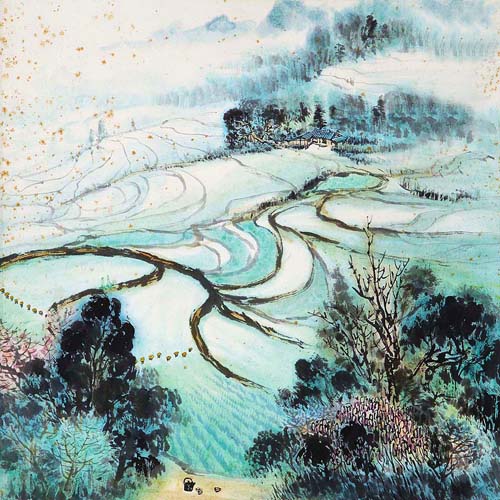
村北村南，谷雨才耕遍。